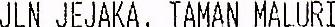
JLN JEJAKA, TAMAN MALURI